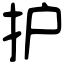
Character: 护